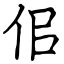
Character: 佀